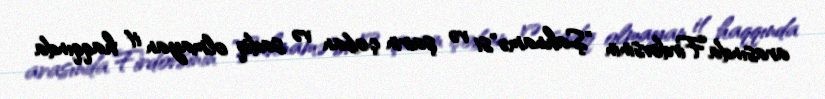
arasında Firdovsinin "Şahnamə"si və şairin çoban və sadiq olmayan it haqqında